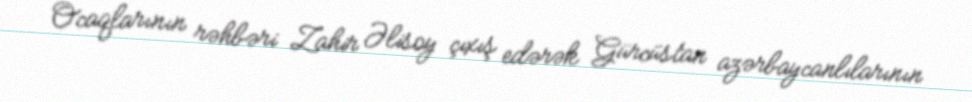
Ocaqlarının rəhbəri Zahir Əlisoy çıxış edərək Gürcüstan azərbaycanlılarının